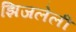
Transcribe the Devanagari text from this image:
झिजलेली